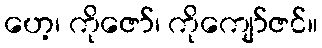
ဟေ့၊ ကိုဇော်၊ ကိုကျော်ဇင်။